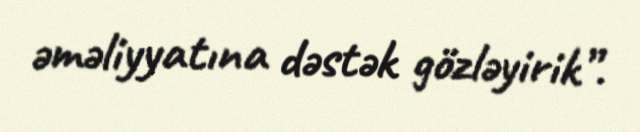
əməliyyatına dəstək gözləyirik”.